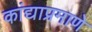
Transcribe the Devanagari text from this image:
कांद्याप्रमाणे